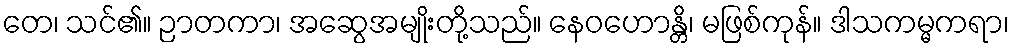
တေ၊ သင်၏။ ဉာတကာ၊ အဆွေအမျိုးတို့သည်။ နေဝဟောန္တိ၊ မဖြစ်ကုန်။ ဒါသကမ္မကရာ၊